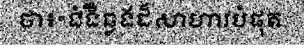
ថា៖«ជំងឺឆ្លងដ៏សាហាវបំផុត